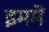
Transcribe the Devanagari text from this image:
इममें